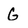
Character: G